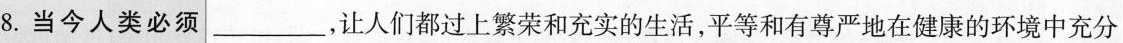
8. 当今人类必须 ___，让人们都过上繁荣和充实的生活，平等和有尊严地在健康的环境中充分